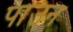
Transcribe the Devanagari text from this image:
पाउन